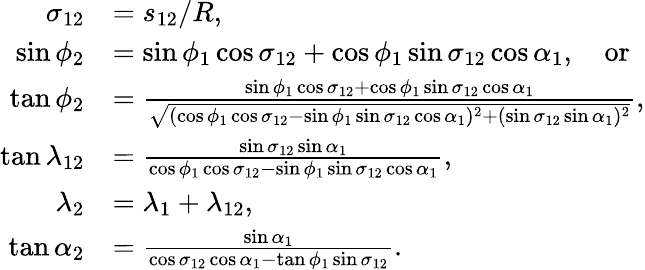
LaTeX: {\begin{array}{rl}{\sigma_{12}}&{=s_{12}/R,}\\ {\sin\phi_{2}}&{=\sin\phi_{1}\cos\sigma_{12}+\cos\phi_{1}\sin\sigma_{12}\cos\alpha_{1},\quad{\mathrm{or}}}\\ {\tan\phi_{2}}&{={\frac{\sin\phi_{1}\cos\sigma_{12}+\cos\phi_{1}\sin\sigma_{12}\cos\alpha_{1}}{\sqrt{(\cos\phi_{1}\cos\sigma_{12}-\sin\phi_{1}\sin\sigma_{12}\cos\alpha_{1})^{2}+(\sin\sigma_{12}\sin\alpha_{1})^{2}}}},}\\ {\tan\lambda_{12}}&{={\frac{\sin\sigma_{12}\sin\alpha_{1}}{\cos\phi_{1}\cos\sigma_{12}-\sin\phi_{1}\sin\sigma_{12}\cos\alpha_{1}}},}\\ {\lambda_{2}}&{=\lambda_{1}+\lambda_{12},}\\ {\tan\alpha_{2}}&{={\frac{\sin\alpha_{1}}{\cos\sigma_{12}\cos\alpha_{1}-\tan\phi_{1}\sin\sigma_{12}}}.}\end{array}}